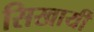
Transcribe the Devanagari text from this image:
सिखायीं